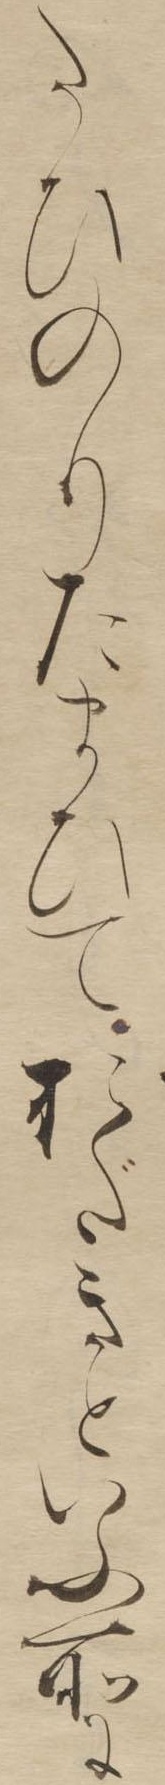
たひのりたまひてをだきといふ所に